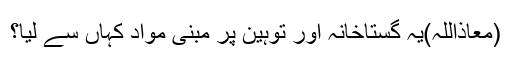
(معاذاللہ)یہ گستاخانہ اور توہین پر مبنی مواد کہاں سے لیا؟